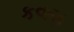
કવણ